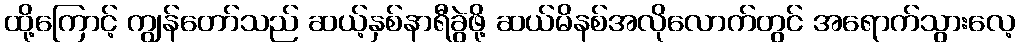
ထို့ကြောင့် ကျွန်တော်သည် ဆယ့်နှစ်နာရီခွဲဖို့ ဆယ်မိနစ်အလိုလောက်တွင် အရောက်သွားလေ့